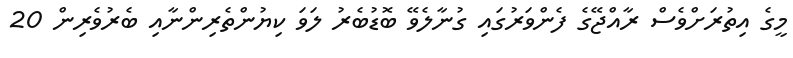
މީގެ އިތުރަށްވެސް ރާއްޖޭގެ ފެންވަރުގައި ގުނާލެވޭ ބޮޑުބެރު ލަވަ ކިޔުންތެރިންނާއި ބެރުވެރިން 20